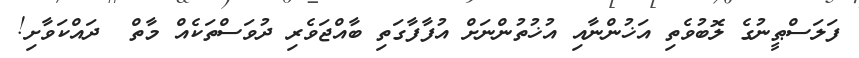
ފަލަސްޠީނުގެ ލޮބުވެތި އަޚުންނާއި އުޚުތުންނަށް އުފާފާގަތި ބާއްޖަވެރި ދުވަސްތަކެއް މާތް  ދައްކަވާށި!